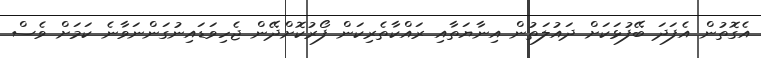
އެގޮތުން އެފަދަ ބޭފުޅަކަށް ދައުލަތުން އިނާޔަތާއި ރައްކާތެރިކަން ފޯރުކޮށްދޭން ޖެހިވަޑައިނުގަންނަވާނެ ކަމަށް ވެސް